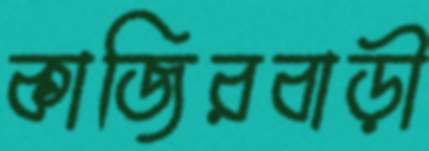
কাজিরবাড়ী